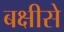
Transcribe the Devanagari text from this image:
बक्षीसे